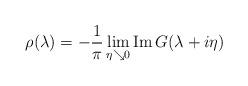
LaTeX: \begin{align*}\rho (\lambda ) = -\frac{1}{\pi } \lim_{\eta \searrow 0 } \mbox{Im} \,G(\lambda + i\eta )\end{align*}